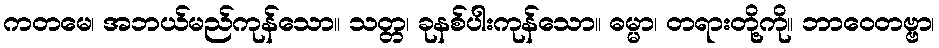
ကတမေ၊ အဘယ်မည်ကုန်သော။ သတ္တ၊ ခုနစ်ပါးကုန်သော။ ဓမ္မာ၊ တရားတို့ကို။ ဘာဝေတဗ္ဗာ၊